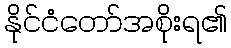
နိုင်ငံတော်အစိုးရ၏